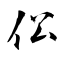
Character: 伀